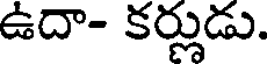
ఉదా- కర్లుడు.